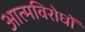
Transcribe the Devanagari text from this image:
आत्मविरोधों